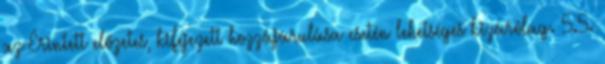
az Érintett előzetes, kifejezett hozzájárulása esetén lehetséges kizárólag. 5.5.